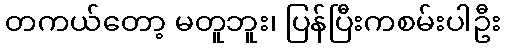
တကယ်တော့ မတူဘူး၊ ပြန်ပြီးကစမ်းပါဦး